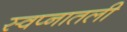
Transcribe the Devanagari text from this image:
स्वप्नातली